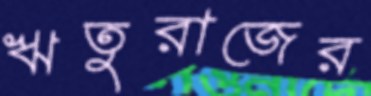
ঋতুরাজের